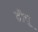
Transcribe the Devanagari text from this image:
द्रीचू